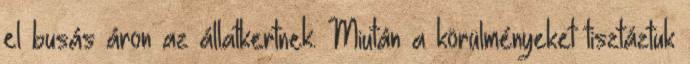
el busás áron az állatkertnek. Miután a körülményeket tisztáztuk